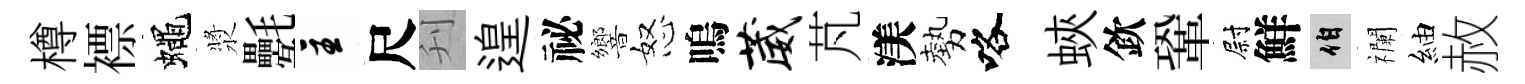
樽褾蠅漿氎主尺刋遑祕響怒嗚葳芃渼勢咯蛺欽鞏尉鮮伯襴紬赦